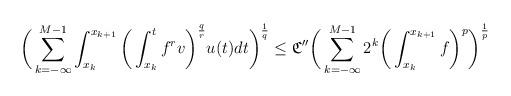
LaTeX: \begin{align*}\bigg( \sum_{k=-\infty}^{M-1} \int_{x_k}^{x_{k+1}} \bigg( \int_{x_k}^t f^r v \bigg)^{\frac{q}{r}} u(t) dt \bigg)^{\frac{1}{q}} \leq \mathfrak{C''} \bigg( \sum_{k=-\infty}^{M-1} 2^k \bigg( \int_{x_k}^{x_{k+1}} f \bigg)^p \bigg)^{\frac{1}{p}}\end{align*}